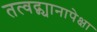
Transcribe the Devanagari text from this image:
तत्वद्ण्यानापेक्षा